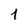
Character: 1